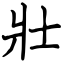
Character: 壯